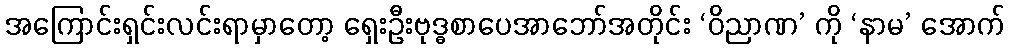
အကြောင်းရှင်းလင်းရာမှာတော့ ရှေးဦးဗုဒ္ဓစာပေအာဘော်အတိုင်း ‘ဝိညာဏ’ ကို ‘နာမ’ အောက်